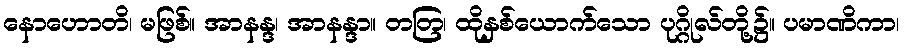
နောဟောတိ၊ မဖြစ်။ အာနန္ဒ၊ အာနန္ဒာ။ တတြ၊ ထိုနှစ်ယောက်သော ပုဂ္ဂိုလ်တို့၌။ ပမာဏိကာ၊